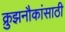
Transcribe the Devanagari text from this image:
क्रुझनौकांसाठी